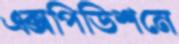
এক্সপিডিশনে